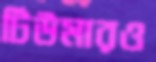
টিউমারও